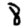
Digit: 8